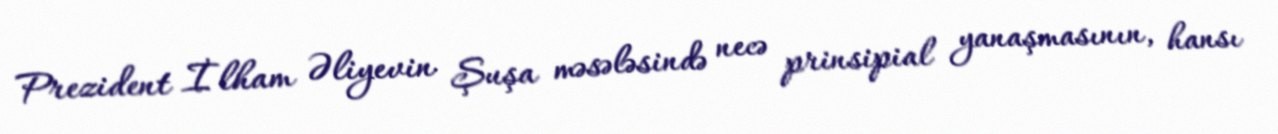
Prezident İlham Əliyevin Şuşa məsələsində necə prinsipial yanaşmasının, hansı